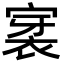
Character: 𮖊